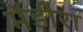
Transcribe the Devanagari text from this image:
मैडीरा